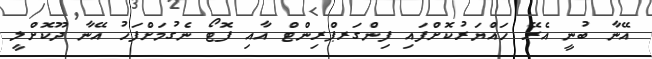
އޭނާ ބުނީ އެރޭ ހައްޔަރުކޮށްފައި ފިންގަރޕްރިންޓް އާއި ފޮޓޯ ނެގުމަށްފަހު އޭނާ ދޫކޮށްލީ